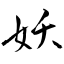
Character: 妖